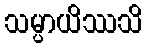
သမ္ပာယိဿသိ